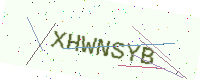
Text: XHWNSYB